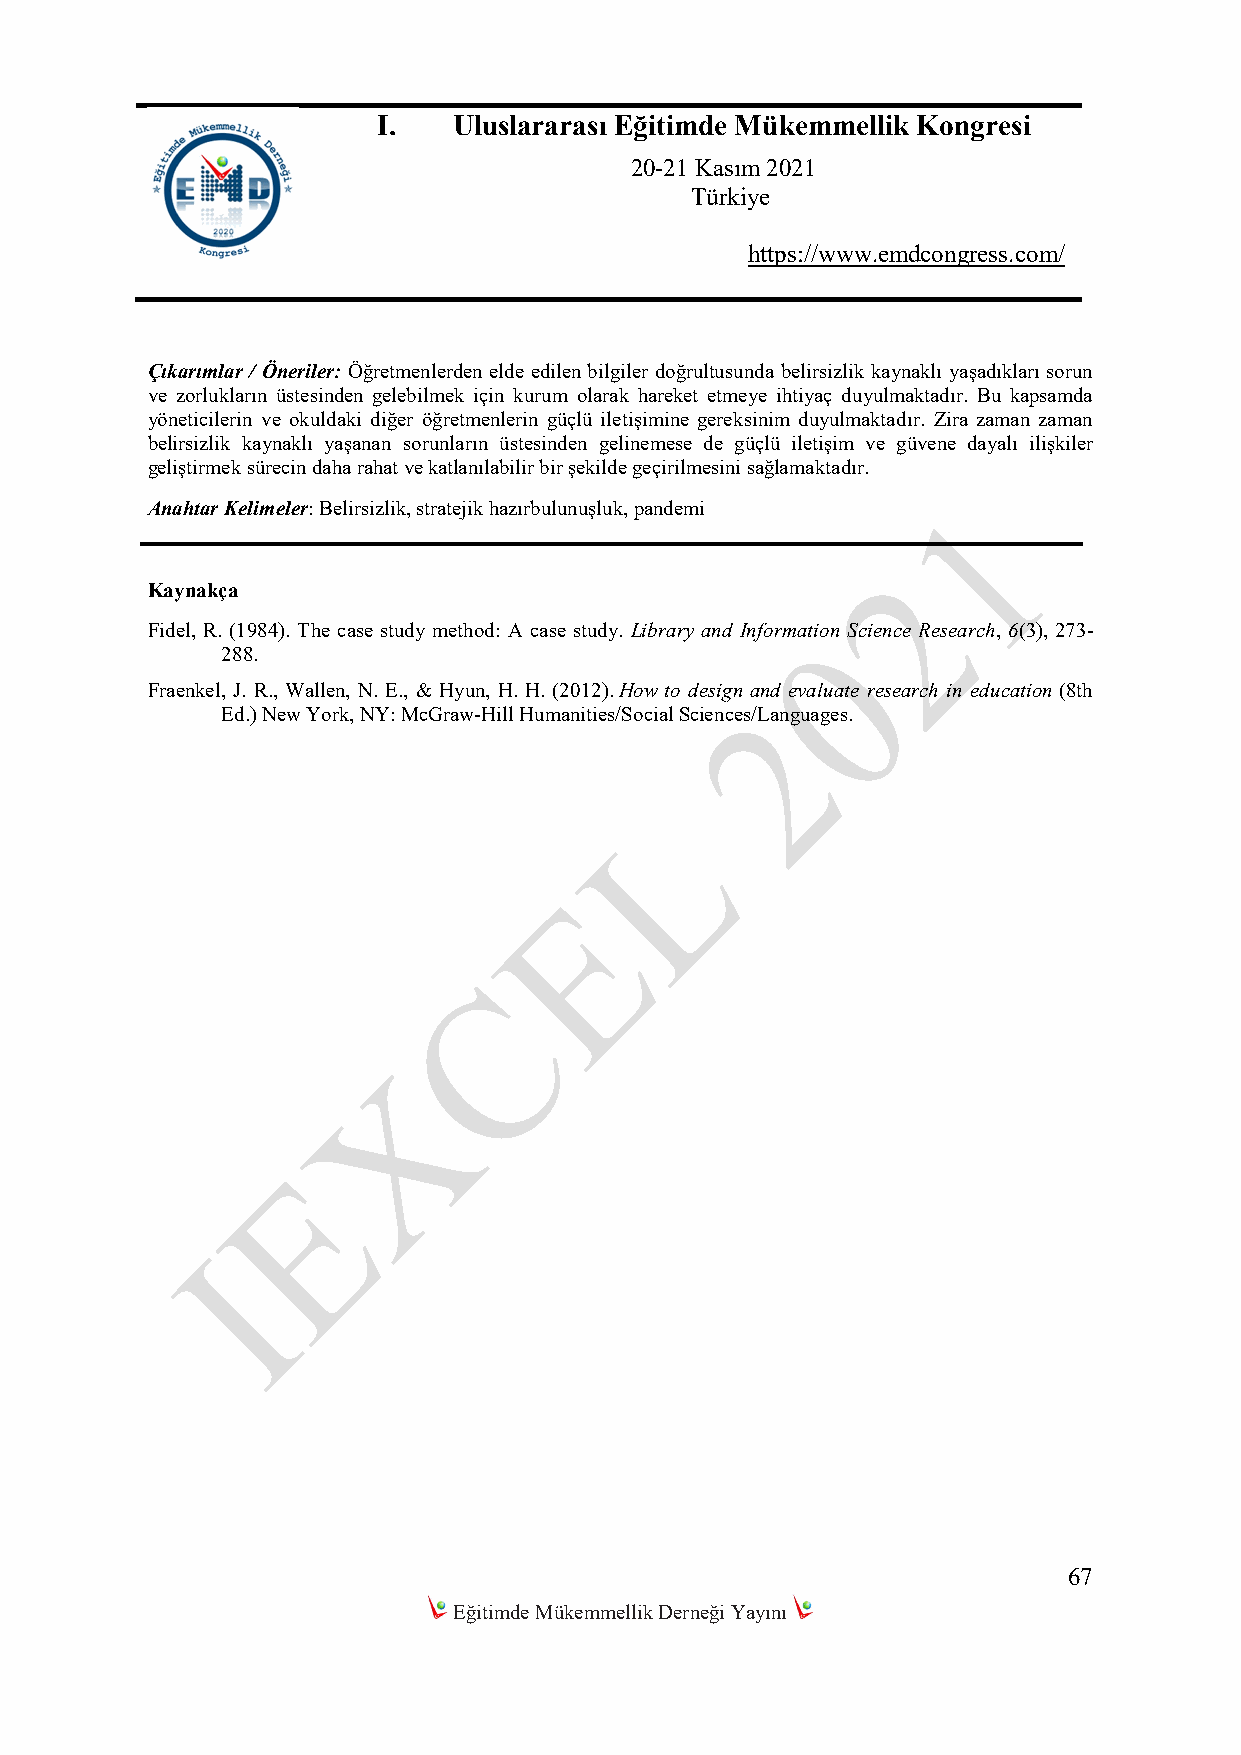
I.   Uluslararası Eğitimde Mükemmellik Kongresi
 20-21 Kasım 2021
 Türkiye
 https://www.emdcongress.com/
 Çıkarımlar / Öneriler: Öğretmenlerden elde edilen bilgiler doğrultusunda belirsizlik kaynaklı yaşadıkları sorun
 ve zorlukların üstesinden gelebilmek için kurum olarak hareket etmeye ihtiyaç duyulmaktadır. Bu kapsamda
 yöneticilerin ve okuldaki diğer öğretmenlerin güçlü iletişimine gereksinim duyulmaktadır. Zira zaman zaman
 belirsizlik kaynaklı yaşanan sorunların üstesinden gelinemese de güçlü iletişim ve güvene dayalı ilişkiler
 geliştirmek sürecin daha rahat ve katlanılabilir bir şekilde geçirilmesini sağlamaktadır.
 Anahtar Kelimeler: Belirsizlik, stratejik hazırbulunuşluk, pandemi
 Kaynakça
 Fidel, R. (1984). The case study method: A case study. Library and Information Science Research, 6(3), 273-
 288.
 Fraenkel, J. R., Wallen, N. E., & Hyun, H. H. (2012). How to design and evaluate research in education (8th
 Ed.) New York, NY: McGraw-Hill Humanities/Social Sciences/Languages.
 67
 Eğitimde Mükemmellik Derneği Yayını